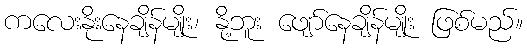
ကလေးနိုးနေချိန်မျိုး၊ နို့ဘူး ဖျော်နေချိန်မျိုး ဖြစ်မည်။